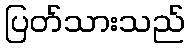
ပြတ်သားသည်